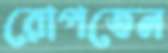
রোপতেন